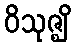
ဝိသုဇ္ဈိ